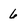
Character: 6